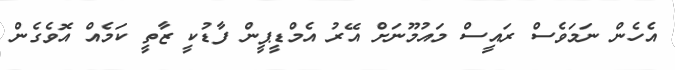
އެހެން ނަމަވެސް ރައީސް މައުމޫނަށް އޭރު އެމްޑީޕީން ފާޑުކީ ޒާތީ ކަމެއް އޮވެގެން